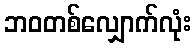
ဘဝတစ်လျှောက်လုံး